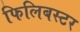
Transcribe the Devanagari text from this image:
फिलिबस्टर